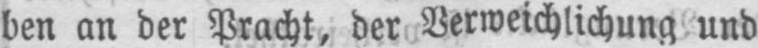
ben an der Pracht, der Verweichlichung und